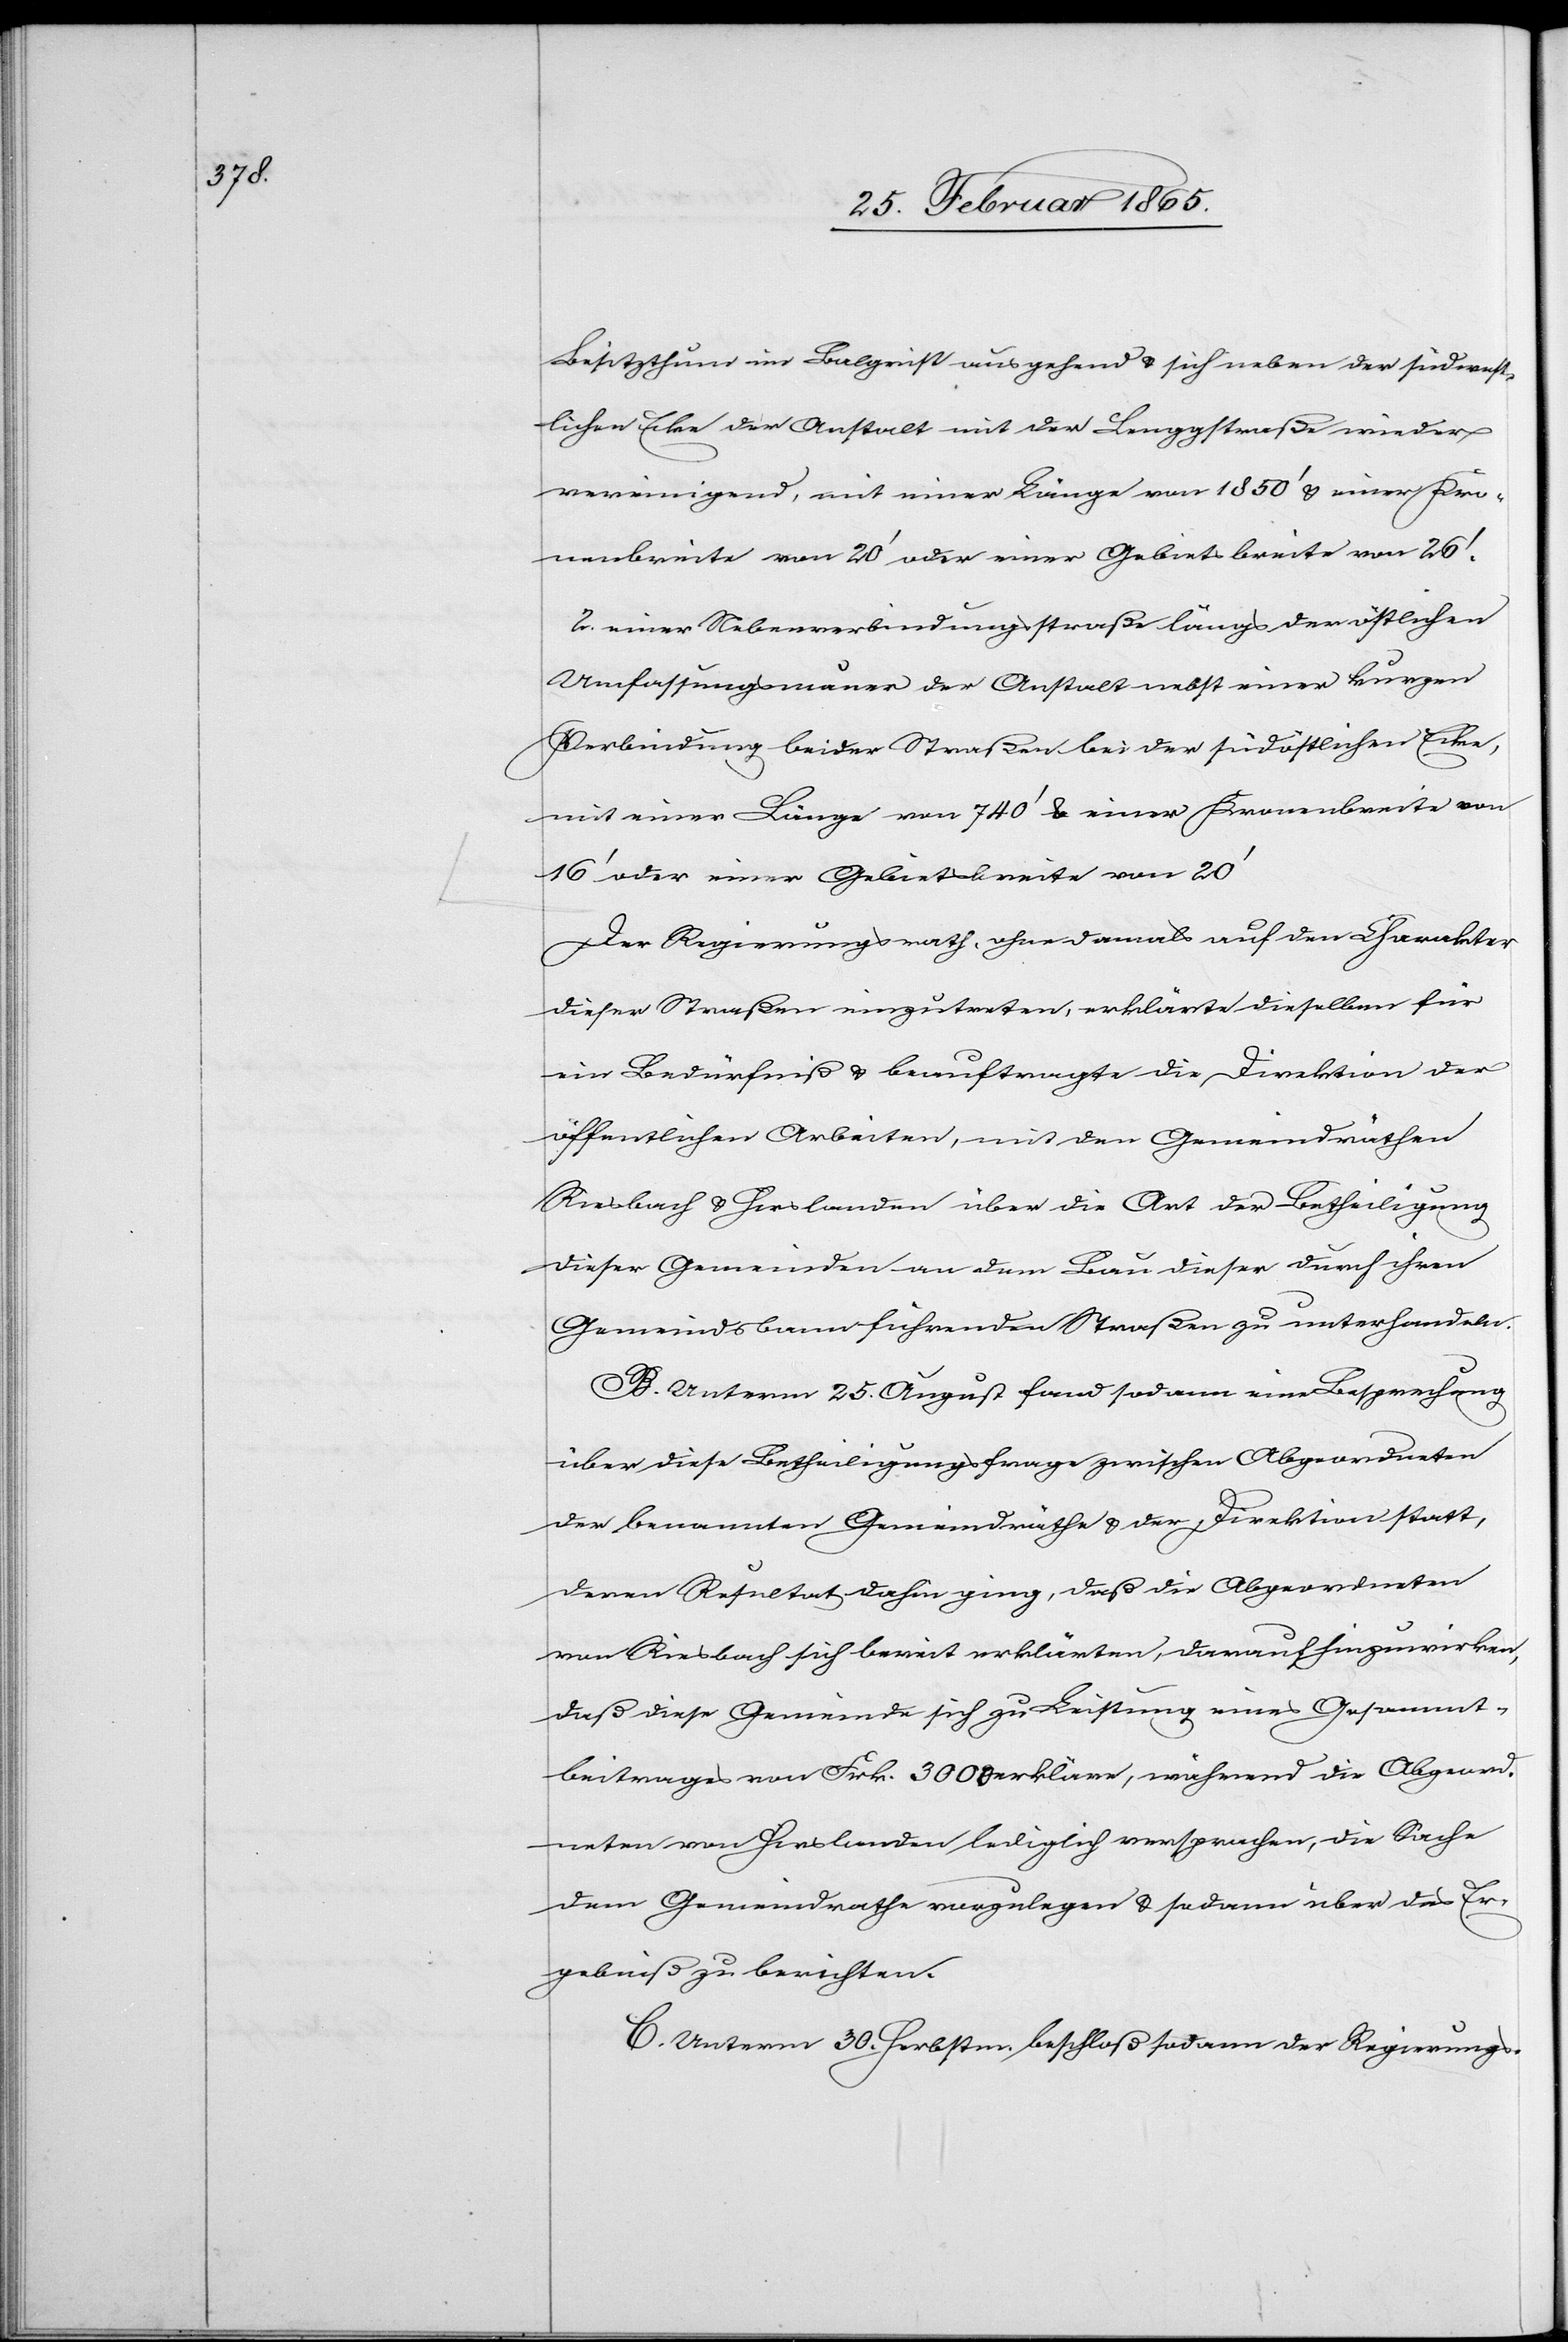
Besitzthum im Balgrist ausgehend u. sich neben der südwest¬
lichen Ecke der Anstalt mit der Lenggstraße wieder
vereinigend, mit einer Länge von 1850’ u. einer Kro¬
nenbreite von 20’ oder einer Gebietsbreite von 26’.
2. einer Nebenverbindungsstraße längs der östlichen
Umfassungsmauer der Anstalt nebst einer kurzen
Verbindung beider Straßen bei der südöstlichen Ecke,
mit einer Länge von 740’ u. einer Kronenbreite von
16’ oder einer Gebietsbreite von 20’
Der Regierungsrath, ohne damals auf den Charakter
dieser Straßen einzutreten, erklärte dieselben für
ein Bedürfniß u. beauftragte die Direktion der
öffentlichen Arbeiten, mit den Gemeindräthen
Riesbach u. Hirslanden über die Art der Betheiligung
dieser gemeinden an dem Bau dieser durch ihren
Gemeindsbann führenden Straßen zu unterhandeln.
B. Unterm 25. August fand sodann eine Besprechung
über diese Betheiligungsfrage zwischen Abgeordneten
der benannten Gemeindräthe u. der Direktion statt,
deren Resultat dahin ging, daß die Abgeordneten
von Riesbach sich bereit erklärten, darauf hinzuwirken,
daß diese Gemeinde sich zu Leistung eines Gesammt¬
beitrages von Frk. 3000 erkläre, während die Abgeord¬
neten von Hirslanden lediglich versprachen, die Sache
dem Gemeindrathe vorzulegen u. sodann über das Er¬
gebniß zu berichten.
C. Unterm 30. Herbstm. beschloß sodann der Regierungs-